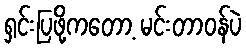
ရှင်းပြဖို့ကတော့ မင်းတာဝန်ပဲ